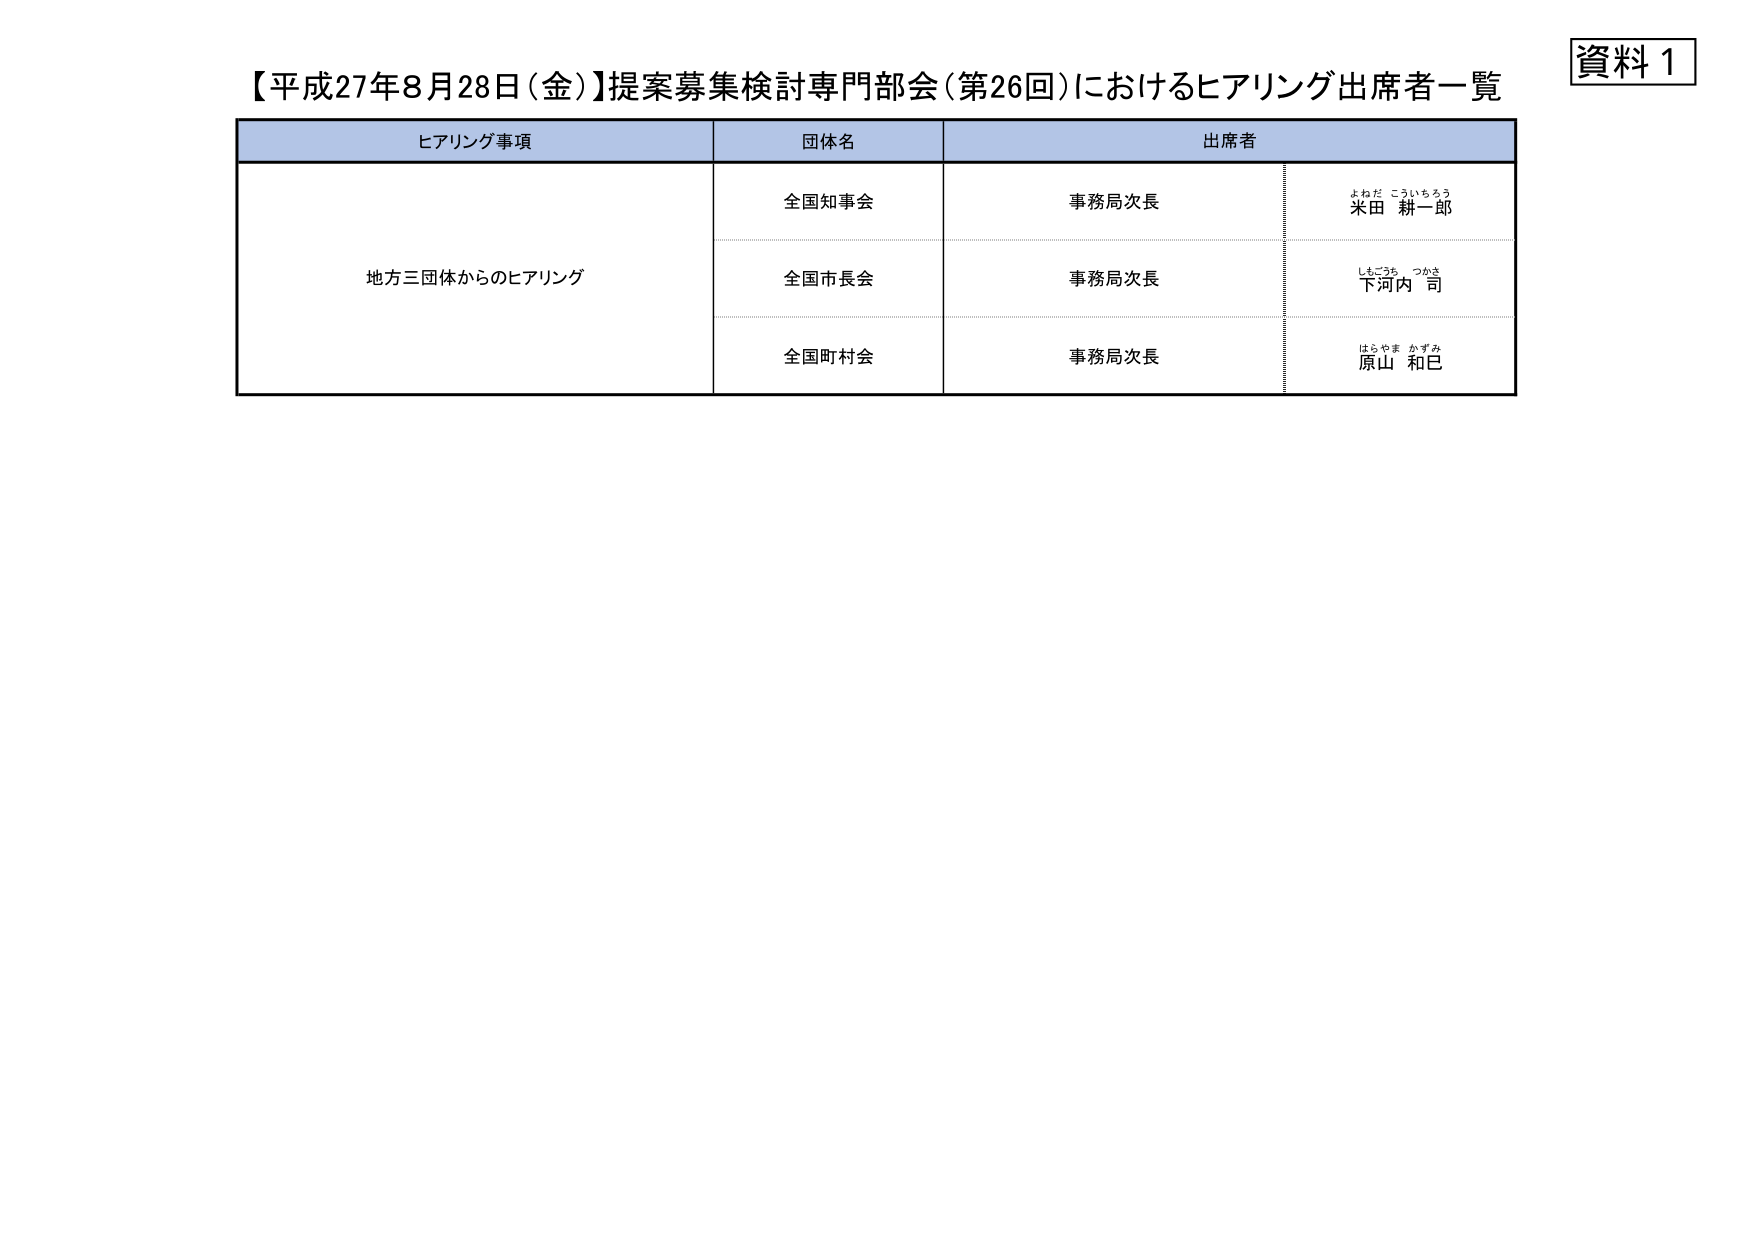
資料１
【平成27年8月28日（金）】提案募集検討専門部会（第26回）におけるヒアリング出席者一覧

ヒアリング事項　　　　　　　団体名　　　　　　　出席者
地方三団体からのヒアリング　全国知事会　　　事務局次長　　　よねだ こういちろう
　　　　　　　　　　　　　　全国市長会　　　事務局次長　　　しもごうち つかさ
　　　　　　　　　　　　　　全国町村会　　　事務局次長　　　はらやま かずみ
　　　　　　　　　　　　　　　　　　　　　　　　米田 耕一郎
　　　　　　　　　　　　　　　　　　　　　　　　下河内 司
　　　　　　　　　　　　　　　　　　　　　　　　原山 和巳